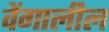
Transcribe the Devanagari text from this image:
वेंगालील